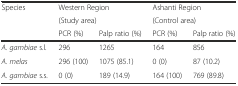
| <ROWSPAN=3> Species | <COLSPAN=2> Western Region | <COLSPAN=2> Ashanti Region |
 | <COLSPAN=2> (Study area) | <COLSPAN=2> (Control area) |
 | PCR (%) | Palp ratio (%) | PCR (%) | Palp ratio (%) |
 | --- | --- | --- | --- | --- |
 | A. gambiae s.l. | 296 | 1265 | 164 | 856 |
 | A. melas | 296 (100) | 1075 (85.1) | 0 (0) | 87 (10.2) |
 | A. gambiae s.s. | 0 (0) | 189 (14.9) | 164 (100) | 769 (89.8) |